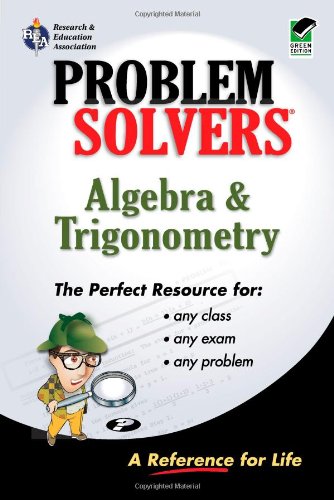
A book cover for Algebra & Trigonometry Problem Solver (Problem Solvers Solution Guides); Jerry R. Shipman; Science & Math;